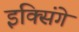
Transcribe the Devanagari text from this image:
इक्सिंगे